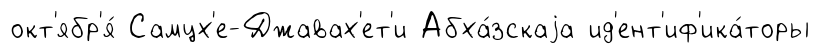
окт'ябр'я́ Самцх'е-Джавах'ет'и Абха́зскаjа ид'ент'иф'ика́торы